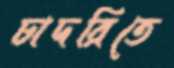
চাদরিতে